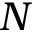
{ \cal N }